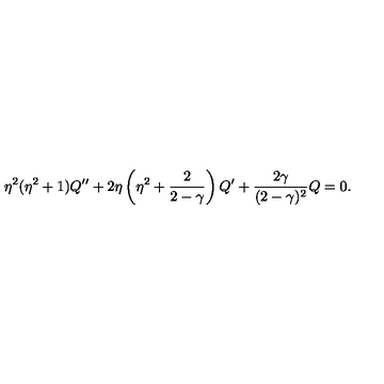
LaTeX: \eta ^ { 2 } ( \eta ^ { 2 } + 1 ) Q ^ { \prime \prime } + 2 \eta \left( \eta ^ { 2 } + { \frac { 2 } { 2 - \gamma } } \right) Q ^ { \prime } + { \frac { 2 \gamma } { ( 2 - \gamma ) ^ { 2 } } } Q = 0 .